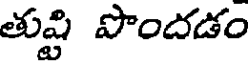
తుష్టి పొందడం